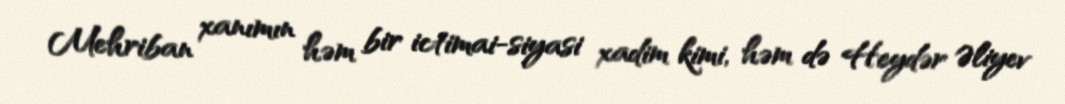
Mehriban xanımın həm bir ictimai-siyasi xadim kimi, həm də Heydər Əliyev